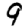
Digit: 9